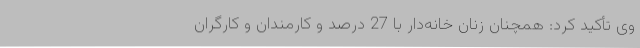
وی تأکید کرد: همچنان زنان خانه‌دار با 27 درصد و کارمندان و کارگران